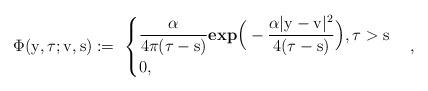
LaTeX: \begin{align*}\Phi(\mathrm{y},\tau; \mathrm{v},\mathrm{s}):=\ \begin{cases}\dfrac{\alpha}{4\pi(\tau-\mathrm{s})}\textbf{exp}\Big(-\dfrac{\alpha|\mathrm{y}-\mathrm{v}|^2}{4(\tau-\mathrm{s})}\Big) , \tau > \mathrm{s} \\0 ,\end{cases},\end{align*}